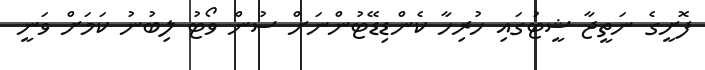
ފޮށީގެ ނަތީޖާ ޝީޓުގައި ހުރިހާ ކެންޑިޑޭޓުންނަށް ސުން ވޯޓު ލިބުނު ކަމަށް ވަނީ